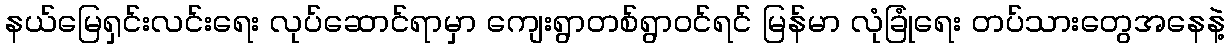
နယ်မြေရှင်းလင်းရေး လုပ်ဆောင်ရာမှာ ကျေးရွာတစ်ရွာဝင်ရင် မြန်မာ လုံခြုံရေး တပ်သားတွေအနေနဲ့